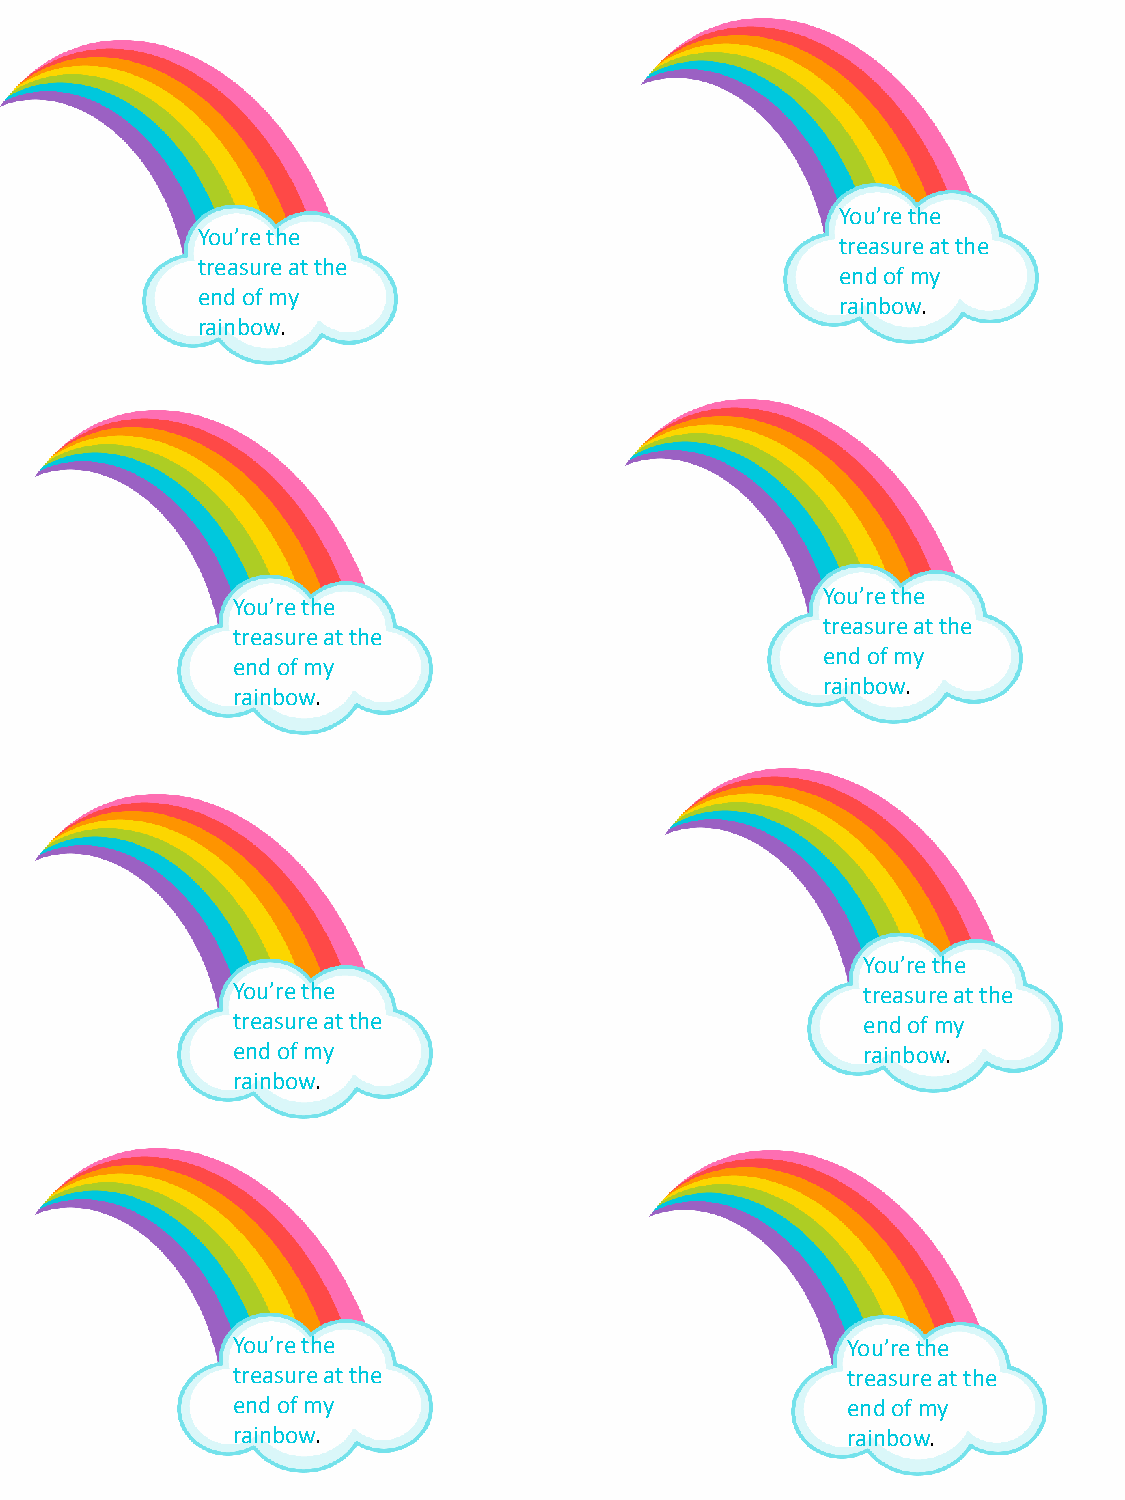
You’re the
 You’re the
 treasure at the
 treasure at the
 end of my
 end of my
 rainbow.
 rainbow.
 You’re the
 You’re the
 treasure at the
 treasure at the
 end of my
 end of my
 rainbow.
 rainbow.
 You’re the
 You’re the                                treasure at the
 treasure at the                           end of my
 end of my                                 rainbow.
 rainbow.
 You’re the                               You’re the
 treasure at the                          treasure at the
 end of my                                end of my
 rainbow.                                 rainbow.